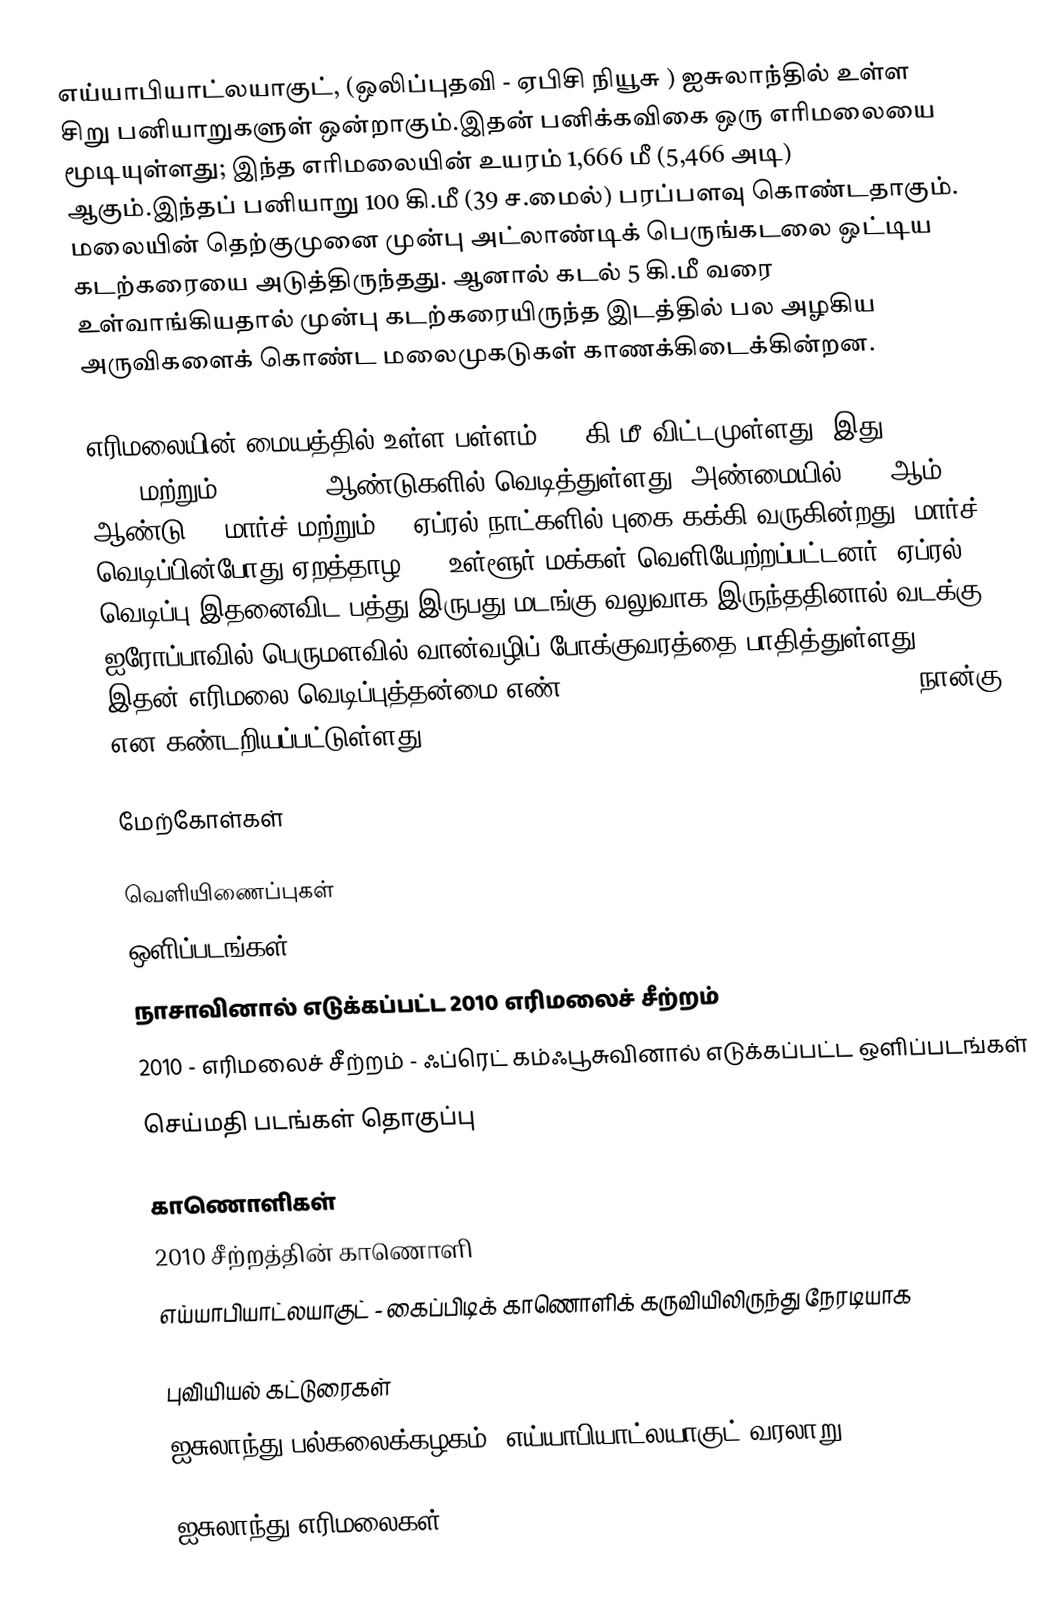
எய்யாபியாட்லயாகுட், (ஒலிப்புதவி - ஏபிசி நியூசு  )  ஐசுலாந்தில் உள்ள சிறு பனியாறுகளுள் ஒன்றாகும்.இதன் பனிக்கவிகை ஒரு எரிமலையை மூடியுள்ளது; இந்த எரிமலையின் உயரம் 1,666 மீ (5,466 அடி) ஆகும்.இந்தப் பனியாறு 100 கி.மீ (39 ச.மைல்) பரப்பளவு கொண்டதாகும். மலையின் தெற்குமுனை முன்பு அட்லாண்டிக் பெருங்கடலை ஒட்டிய கடற்கரையை அடுத்திருந்தது. ஆனால் கடல் 5 கி.மீ வரை உள்வாங்கியதால் முன்பு  கடற்கரையிருந்த இடத்தில் பல அழகிய அருவிகளைக் கொண்ட மலைமுகடுகள் காணக்கிடைக்கின்றன.

எரிமலையின் மையத்தில் உள்ள பள்ளம் 3-4 கி.மீ விட்டமுள்ளது. இது 920, 1612,மற்றும் 1821-1823 ஆண்டுகளில் வெடித்துள்ளது.  அண்மையில் 2010ஆம் ஆண்டு 20 மார்ச் மற்றும் 14 ஏப்ரல் நாட்களில் புகை கக்கி வருகின்றது. மார்ச் வெடிப்பின்போது ஏறத்தாழ 500 உள்ளூர் மக்கள் வெளியேற்றப்பட்டனர்.  ஏப்ரல் வெடிப்பு இதனைவிட பத்து,இருபது மடங்கு வலுவாக இருந்ததினால் வடக்கு ஐரோப்பாவில் பெருமளவில் வான்வழிப் போக்குவரத்தை பாதித்துள்ளது. இதன் எரிமலை வெடிப்புத்தன்மை எண் (Volcanic Explosivity Index - VEI )நான்கு என கண்டறியப்பட்டுள்ளது.

மேற்கோள்கள்

வெளியிணைப்புகள்
 ஒளிப்படங்கள்
 நாசாவினால் எடுக்கப்பட்ட 2010 எரிமலைச் சீற்றம்
 2010 - எரிமலைச் சீற்றம் - ஃப்ரெட் கம்ஃபூசுவினால் எடுக்கப்பட்ட ஒளிப்படங்கள்
 செய்மதி படங்கள் தொகுப்பு

 காணொளிகள்
 2010 சீற்றத்தின் காணொளி
 எய்யாபியாட்லயாகுட் - கைப்பிடிக் காணொளிக் கருவியிலிருந்து நேரடியாக

 புவியியல் கட்டுரைகள்
 ஐசுலாந்து பல்கலைக்கழகம்: எய்யாபியாட்லயாகுட் வரலாறு

ஐசுலாந்து எரிமலைகள்